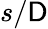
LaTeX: s/\mathsf{D}